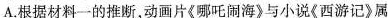
A根据材料一的推断动画片《哪吒闹海》与小说《西游记》属